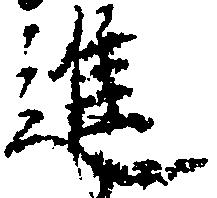
進